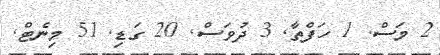
2 މަސް